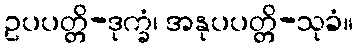
ဥပပတ္တိ-ဒုက္ခံ၊ အနုပပတ္တိ-သုခံ။